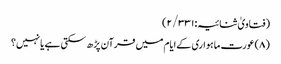
(فتاویٰ ثنائیہ:۲/۳۳۱)
(۸) عورت ماہواری کےایام میں قرآن پڑھ سکتی ہے یا نہیں؟